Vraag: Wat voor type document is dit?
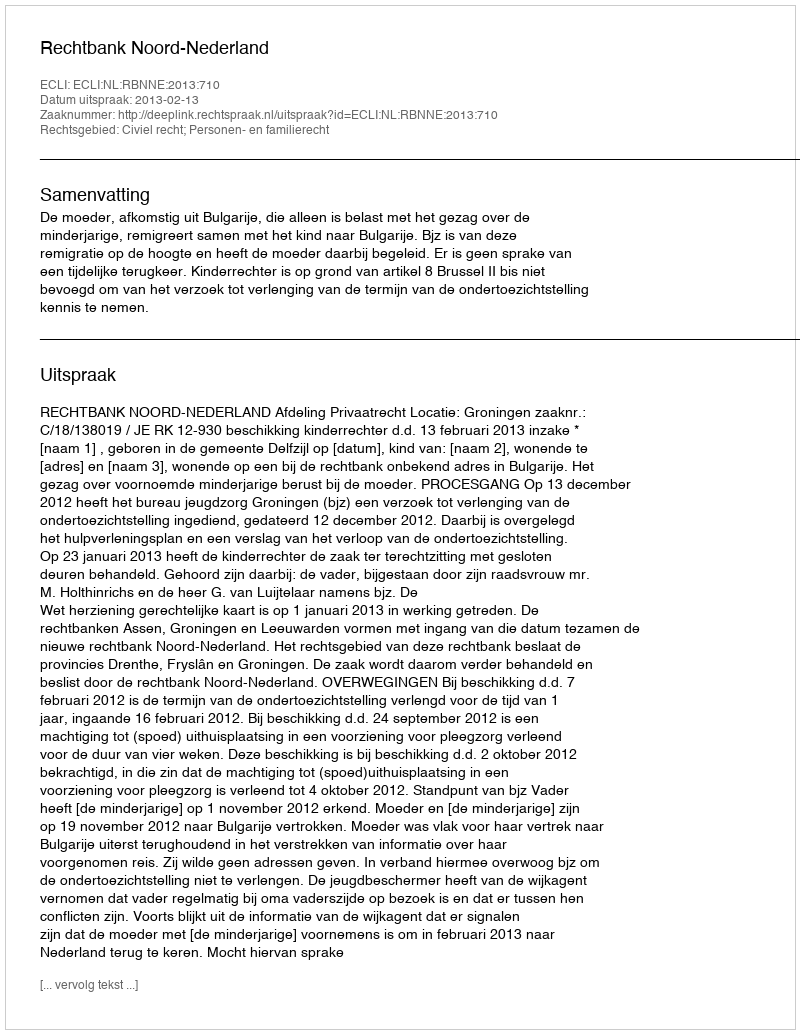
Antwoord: Uitspraak